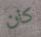
كان